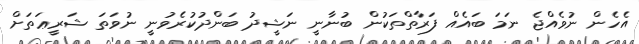
އެހެން ނުވެއްޖެ ނަމަ ބައެއް ފަރާތްތަކުން ބުނާނީ ނަޝީދު ބަންދުކުރެވުނީ ނުވަތަ ޝަރީޢަތަށް